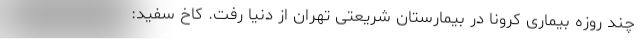
چند روزه بیماری کرونا در بیمارستان شریعتی تهران از دنیا رفت. کاخ سفید: